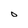
Character: O